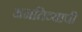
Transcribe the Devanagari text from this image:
अनतिव्यापी